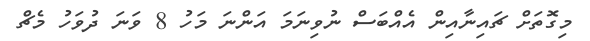
މިގޮތަށް ޗައިނާއިން އެއްބަސް ނުވިނަމަ އަންނަ މަހު 8 ވަނަ ދުވަހު މެޗް